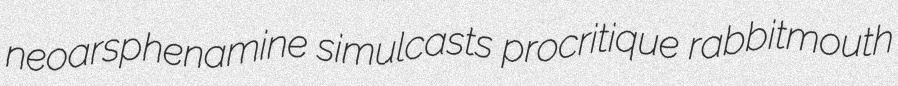
neoarsphenamine simulcasts procritique rabbitmouth